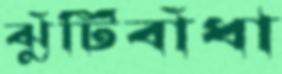
ঝুঁটিবাঁধা